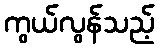
ကွယ်လွန်သည့်